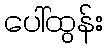
ပေါ်ထွန်း